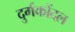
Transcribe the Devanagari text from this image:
दुर्गकोंदल